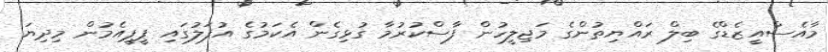
މާއެސްއީޒެޑްގެ ބިލް ރައްޔިތުންގެ މަޖިލީހުން ފާސްކުރުމާ ގުޅިގެން އެކަމުގެ އުފަލުގައި ޕީޕީއެމުން މިދިޔަ